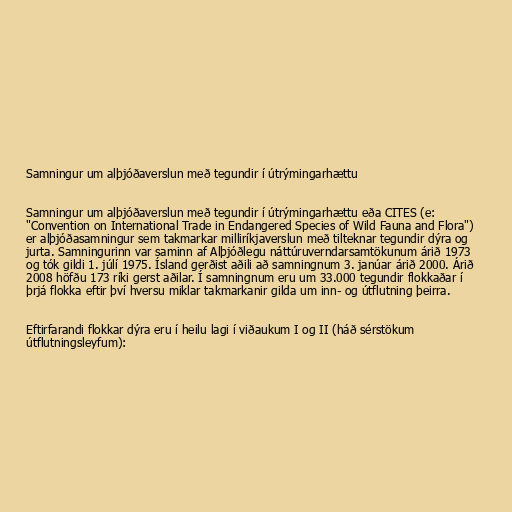
Samningur um alþjóðaverslun með tegundir í útrýmingarhættu

Samningur um alþjóðaverslun með tegundir í útrýmingarhættu eða CITES (e:
"Convention on International Trade in Endangered Species of Wild Fauna and Flora")
er alþjóðasamningur sem takmarkar milliríkjaverslun með tilteknar tegundir dýra og
jurta. Samningurinn var saminn af Alþjóðlegu náttúruverndarsamtökunum árið 1973
og tók gildi 1. júlí 1975. Ísland gerðist aðili að samningnum 3. janúar árið 2000. Árið
2008 höfðu 173 ríki gerst aðilar. Í samningnum eru um 33.000 tegundir flokkaðar í
þrjá flokka eftir því hversu miklar takmarkanir gilda um inn- og útflutning þeirra.

Eftirfarandi flokkar dýra eru í heilu lagi í viðaukum I og II (háð sérstökum
útflutningsleyfum):